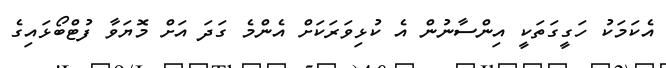
އެކަމަކު ހަގީގަތަކީ އިންސާނުން އެ ކުޅިވަރަކަށް އެންމެ ގަދަ އަށް މޮޔަވާ ފުޓްބޯޅައިގެ